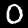
Digit: 0